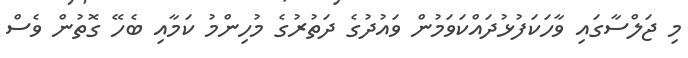
މި ޖަލްސާގައި ވާހަކަފުޅުދައްކަވަމުން ވައުދުގެ ދަތުރުގެ މުހިންމު ކަމާއި ބެހޭ ގޮތުން ވެސް